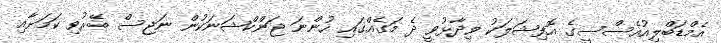
އެމްޑަބްލިއުއެސްސީގެ އޮފިޝަލަކު ވިދާޅުވީ ދެ މަގެއްގައި ހުންނަ ޖަންކްޝަނަކުން ނަޖިސް ބޭރުވި ކަމަށާއި